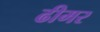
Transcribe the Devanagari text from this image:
ढीमर